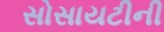
સોસાયટીની